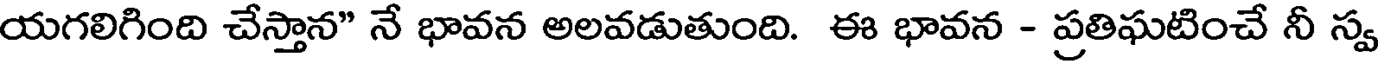
యగలిగింది చేస్తాన" నే భావన అలవడుతుంది. ఈ భావన - ప్రతిఘటించే నీ స్వ